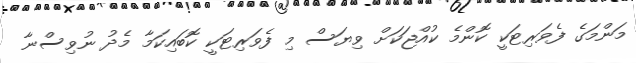
މަންމަގެ ފެވަރިޓަކީ ކޮންމެ ކުއްޖަކަށް ވިޔަސް މި ފެވަރިޓަކީ ކޮބައިކަމާ މެދު ނުވިސްނާ